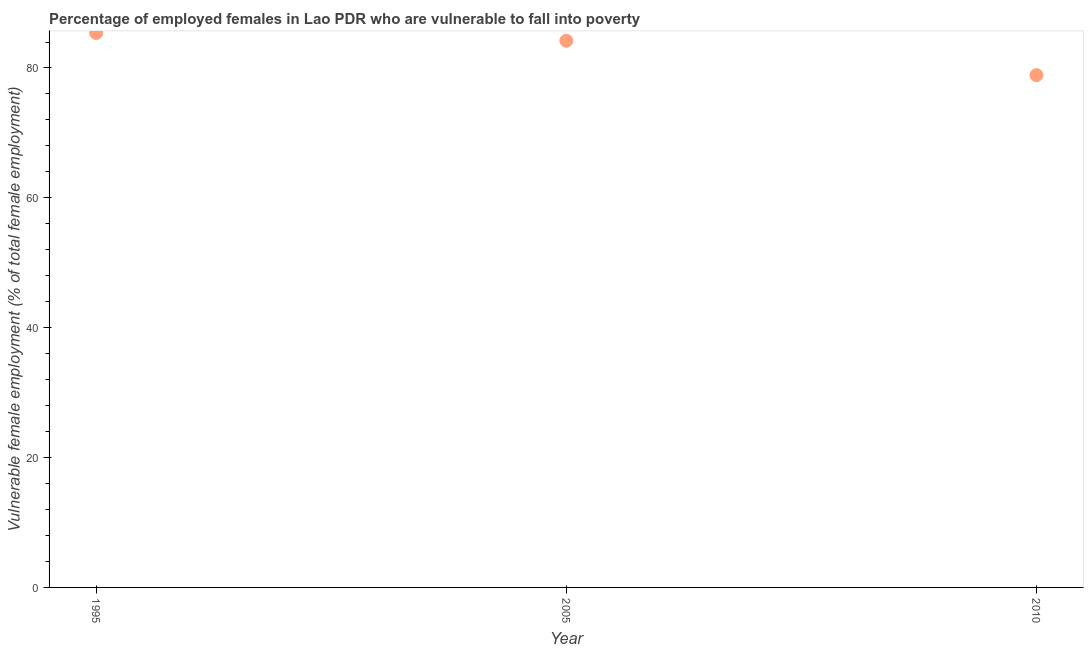
| Year | Percentage of employed females who are vulnerable to fall into poverty |
 | --- | --- |
 | 1995 | 85.4 |
 | 2005 | 84.2 |
 | 2010 | 78.9 |